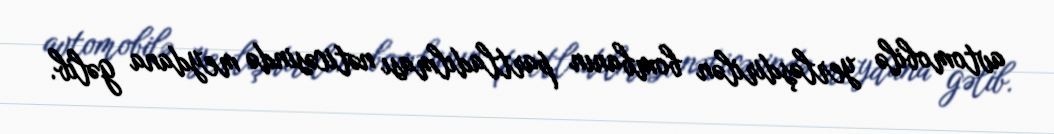
avtomobilə yerləşdirilən bombanın partladılması nəticəsində meydana gəlib.